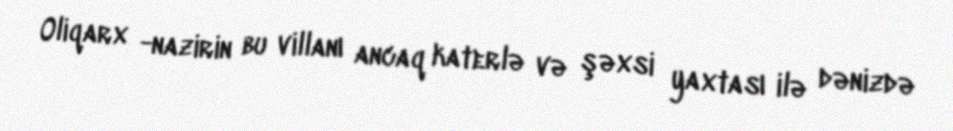
Oliqarx -nazirin bu villanı ancaq katerlə və şəxsi yaxtası ilə dənizdə